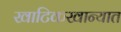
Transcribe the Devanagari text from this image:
खाटिकखान्यात